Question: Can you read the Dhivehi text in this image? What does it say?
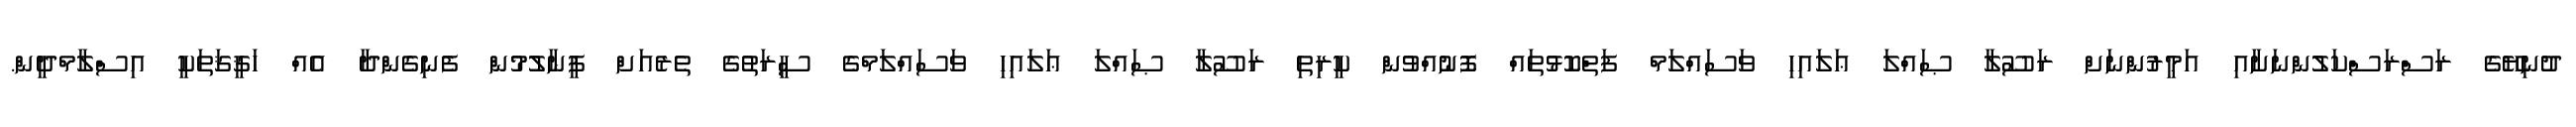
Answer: ދުނިޔޭގެ ރަސްރަސްކަލުންނަށާއި އަމީރުންނަށް ރަސޫލާ ޞައްލަ ޢަލައިހި ވަސައްލަމް ފަތްކޮޅުތައް ފޮނުއްވުން ކީރިތި ރަސޫލާ ޞައްލަ ޢަލައިހި ވަސައްލަމްގެ ސީރަތުގެ ތެރެއަށް ފީނާލުމުން ފެނިގެންދާ އެއް ހަޤީޤަތަކީ އިސްލާމްދީން.